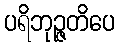
ပရိဘုဉ္ဇတိပေ